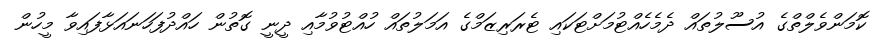
ކޮމަންވެލްތްގެ އުސޫލުތައް ދެމެހެއްޓުމަށްޓަކައި ޓެރަރިޒަމްގެ އަމަލުތައް ހުއްޓުވުމާއި ދީނީ ގޮތުން ހައްދުފަހަނައަޅާފައިވާ މީހުން